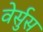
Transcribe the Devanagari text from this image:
वेर्सुस